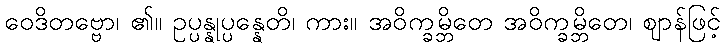
ဝေဒိတဗ္ဗော၊ ၏။ ဥပ္ပန္နုပ္ပန္နေတိ၊ ကား။ အဝိက္ခမ္ဘိတေ အဝိက္ခမ္ဘိတေ၊ ဈာန်ဖြင့်